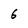
Character: 6